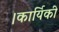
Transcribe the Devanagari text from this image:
।कार्यिकी